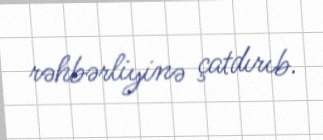
rəhbərliyinə çatdırıb.